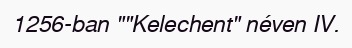
1256-ban ""Kelechent" néven IV.